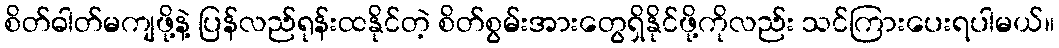
စိတ်ဓါတ်မကျဖို့နဲ့ ပြန်လည်ရုန်းထနိုင်တဲ့ စိတ်စွမ်းအားတွေရှိနိုင်ဖို့ကိုလည်း သင်ကြားပေးရပါမယ်။